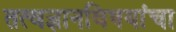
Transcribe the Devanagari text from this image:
तत्वज्ञानविषयांचा